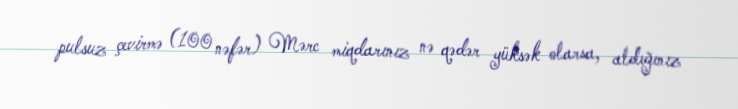
pulsuz çevirmə (100 nəfər) Mərc miqdarınız nə qədər yüksək olarsa, aldığınız